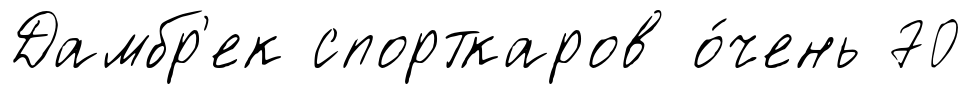
Дамбр'ек спорткаров о́чень 70